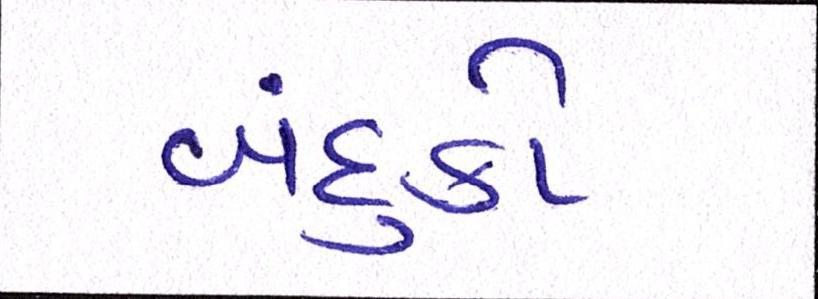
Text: બંદુકો